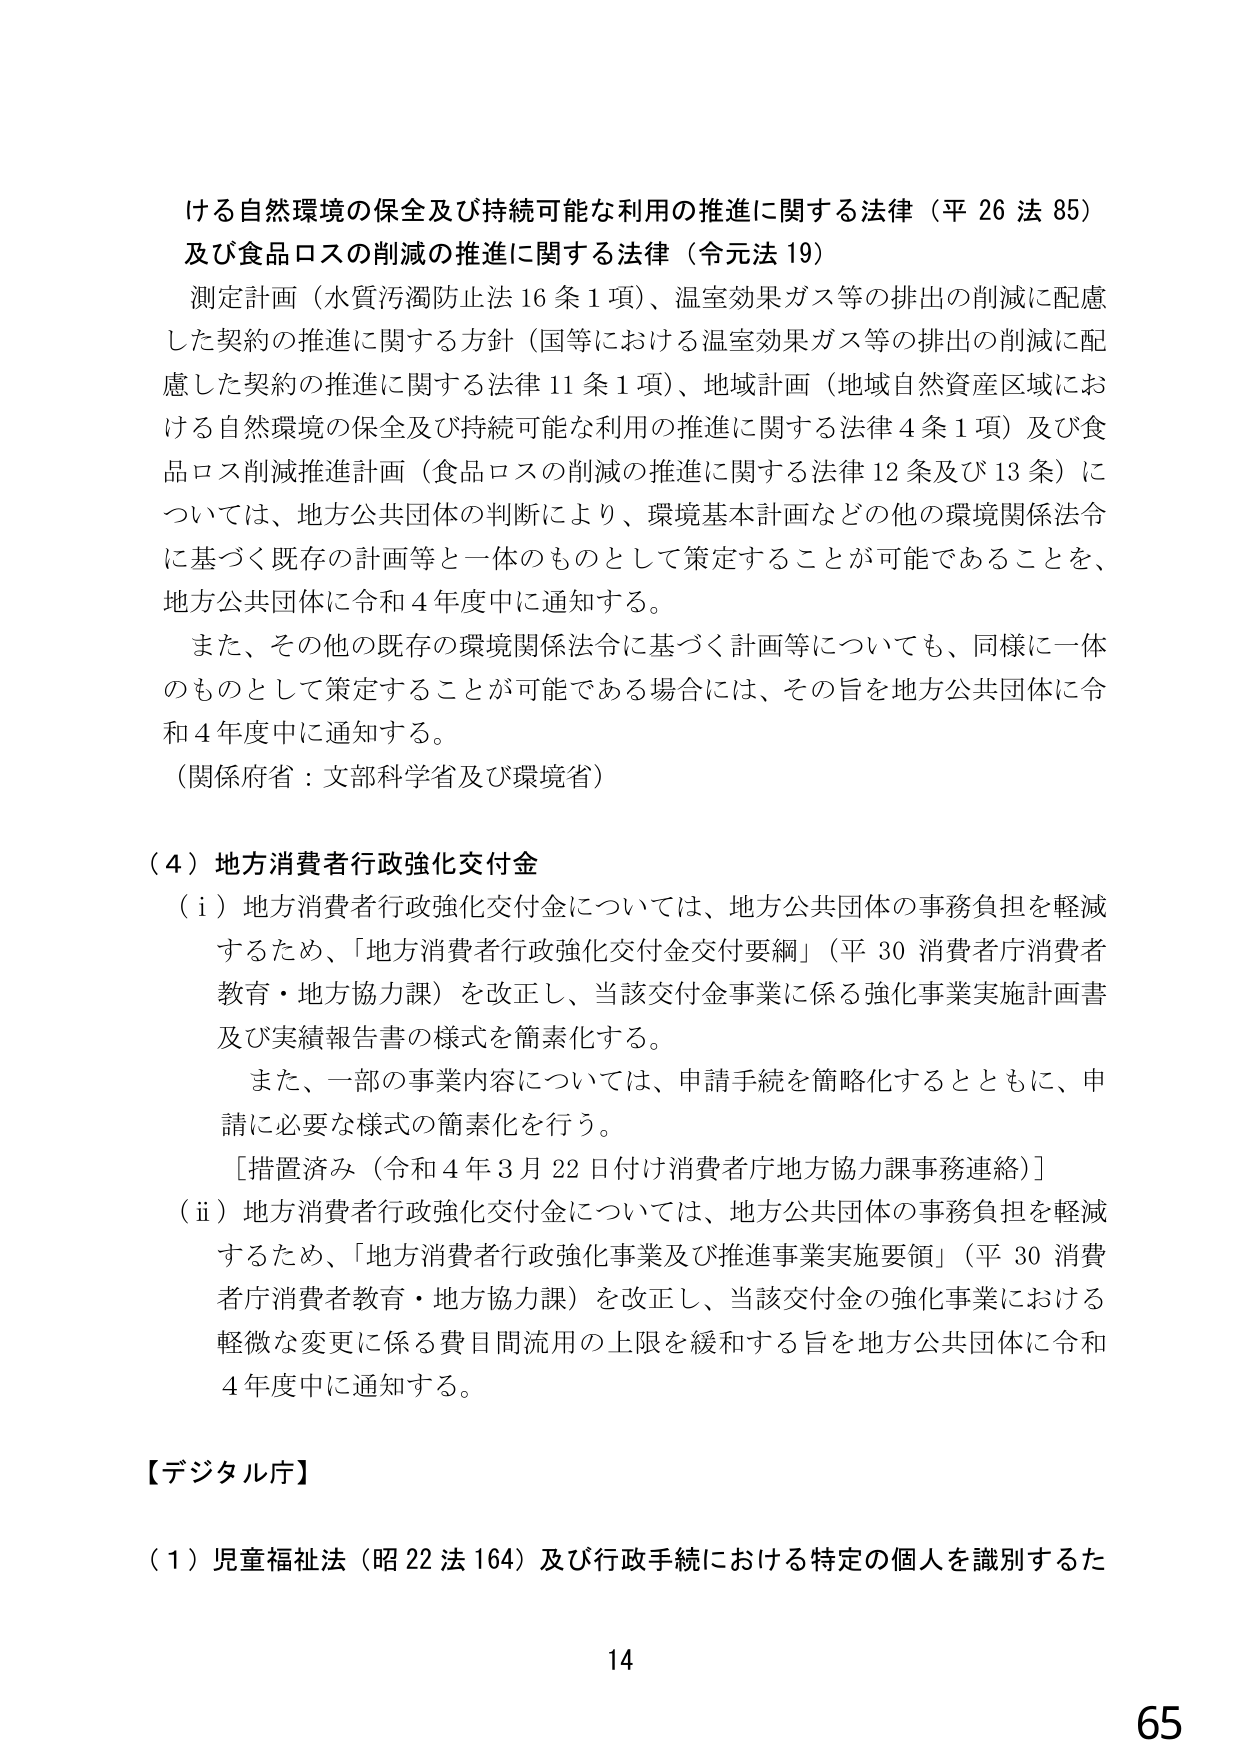
ける自然環境の保全及び持続可能な利用の推進に関する法律（平26法85）
及び食品ロスの削減の推進に関する法律（令元法19）
測定計画（水質汚防防止法16条1項）、温室効果ガス等の排出の削減に配慮
した契約の推進に関する方針（国等における温室効果ガス等の排出の削減に配
慮した契約の推進に関する法律11条1項）、地域計画（地域自然資産区域にお
ける自然環境の保全及び持続可能な利用の推進に関する法律4条1項）及び食
品ロス削減推進計画（食品ロスの削減の推進に関する法律12条及び13条）に
ついては、地方公共団体の判断により、環境基本計画などの他の環境関係法令
に基づく既存の計画等と一体のものとして策定することが可能であることを、
地方公共団体に令和4年度中に通知する。
また、その他の既存の環境関係法令に基づく計画等についても、同様に一体
のものとして策定することが可能である場合には、その旨を地方公共団体に令
和4年度中に通知する。
（関係府省：文部科学省及び環境省）

（4）地方消費者行政強化交付金
（i）地方消費者行政強化交付金については、地方公共団体の事務負担を軽減
するため、「地方消費者行政強化交付金交付要綱」（平30消費者庁消費者
教育・地方協力課）を改正し、当該交付金事業に係る強化事業実施計画書
及び実績報告書の様式を簡素化する。
また、一部の事業内容については、申請手続を簡略化するとともに、申
請に必要な様式の簡素化を行う。
［措置済み（令和4年3月22日付け消費者庁地方協力課事務連絡）］
（ii）地方消費者行政強化交付金については、地方公共団体の事務負担を軽減
するため、「地方消費者行政強化事業及び推進事業実施要領」（平30消費
者庁消費者教育・地方協力課）を改正し、当該交付金の強化事業における
軽微な変更に係る費目間流用の上限を緩和する旨を地方公共団体に令和
4年度中に通知する。

【デジタル庁】
（1）児童福祉法（昭22法164）及び行政手続における特定の個人を識別するた

14
65